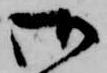
御